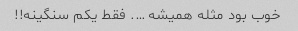
خوب بود مثله همیشه …. فقط یکم سنگینه!!